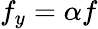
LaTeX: f_{y}=\alpha f